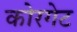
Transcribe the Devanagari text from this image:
कोरगेट